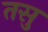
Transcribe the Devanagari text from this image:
तसु